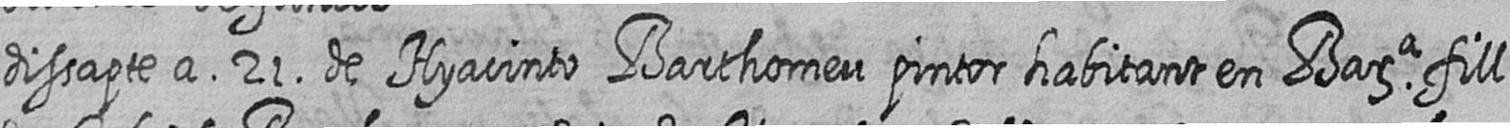
dissapte a 21 de Hyacinto Barthomeu pintor habitant en Bara fill